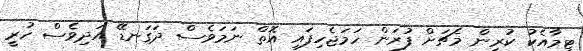
ޓީމާއެކު ކުރިން މެޗަށް ފުރަން ހަމަޖެހިފައި އޮތް ނަމަވެސް ދަގަނޑޭ އަދިވެސް ހުރީ